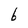
Character: b